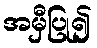
အမှီပြု၍